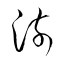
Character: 澍